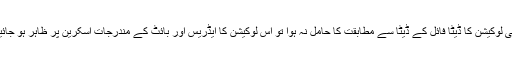
اگر کسی لوکیشن کا ڈیٹا فائل کے ڈیٹا سے مطابقت کا حامل نہ ہوا تو اس لوکیشن کا ایڈریس اور بائٹ کے مندرجات اسکرین پر ظاہر ہو جائیں گے۔